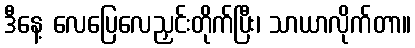
ဒီနေ့ လေပြေလေညှင်းတိုက်ပြီး၊ သာယာလိုက်တာ။